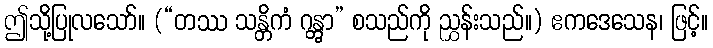
ဤသို့ပြုလသော်။ (“တဿ သန္တိကံ ဂန္တွာ” စသည်ကို ညွှန်းသည်။) ဧကဒေသေန၊ ဖြင့်။